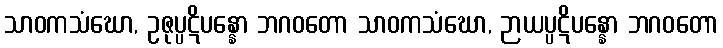
သာဝကသံဃော, ဥဇုပ္ပဋိပန္နော ဘဂဝတော သာဝကသံဃော, ဉာယပ္ပဋိပန္နော ဘဂဝတော